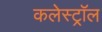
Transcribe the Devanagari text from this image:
कलेस्ट्रॉल